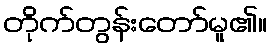
တိုက်တွန်းတော်မူ၏။